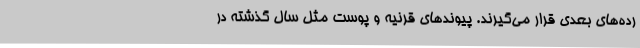
رده‌های بعدی قرار می‌گیرند. پیوندهای قرنیه و پوست مثل سال گذشته در